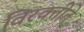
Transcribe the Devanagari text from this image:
विरक्तीते